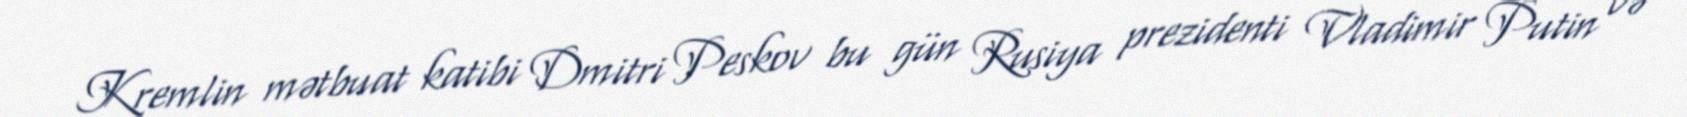
Kremlin mətbuat katibi Dmitri Peskov bu gün Rusiya prezidenti Vladimir Putin və